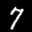
Label: 7